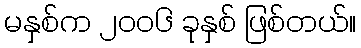
မနှစ်က ၂၀၀၆ ခုနှစ် ဖြစ်တယ်။